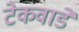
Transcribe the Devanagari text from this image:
टेकवाडे